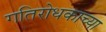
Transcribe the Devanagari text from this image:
गतिरोधकाच्या